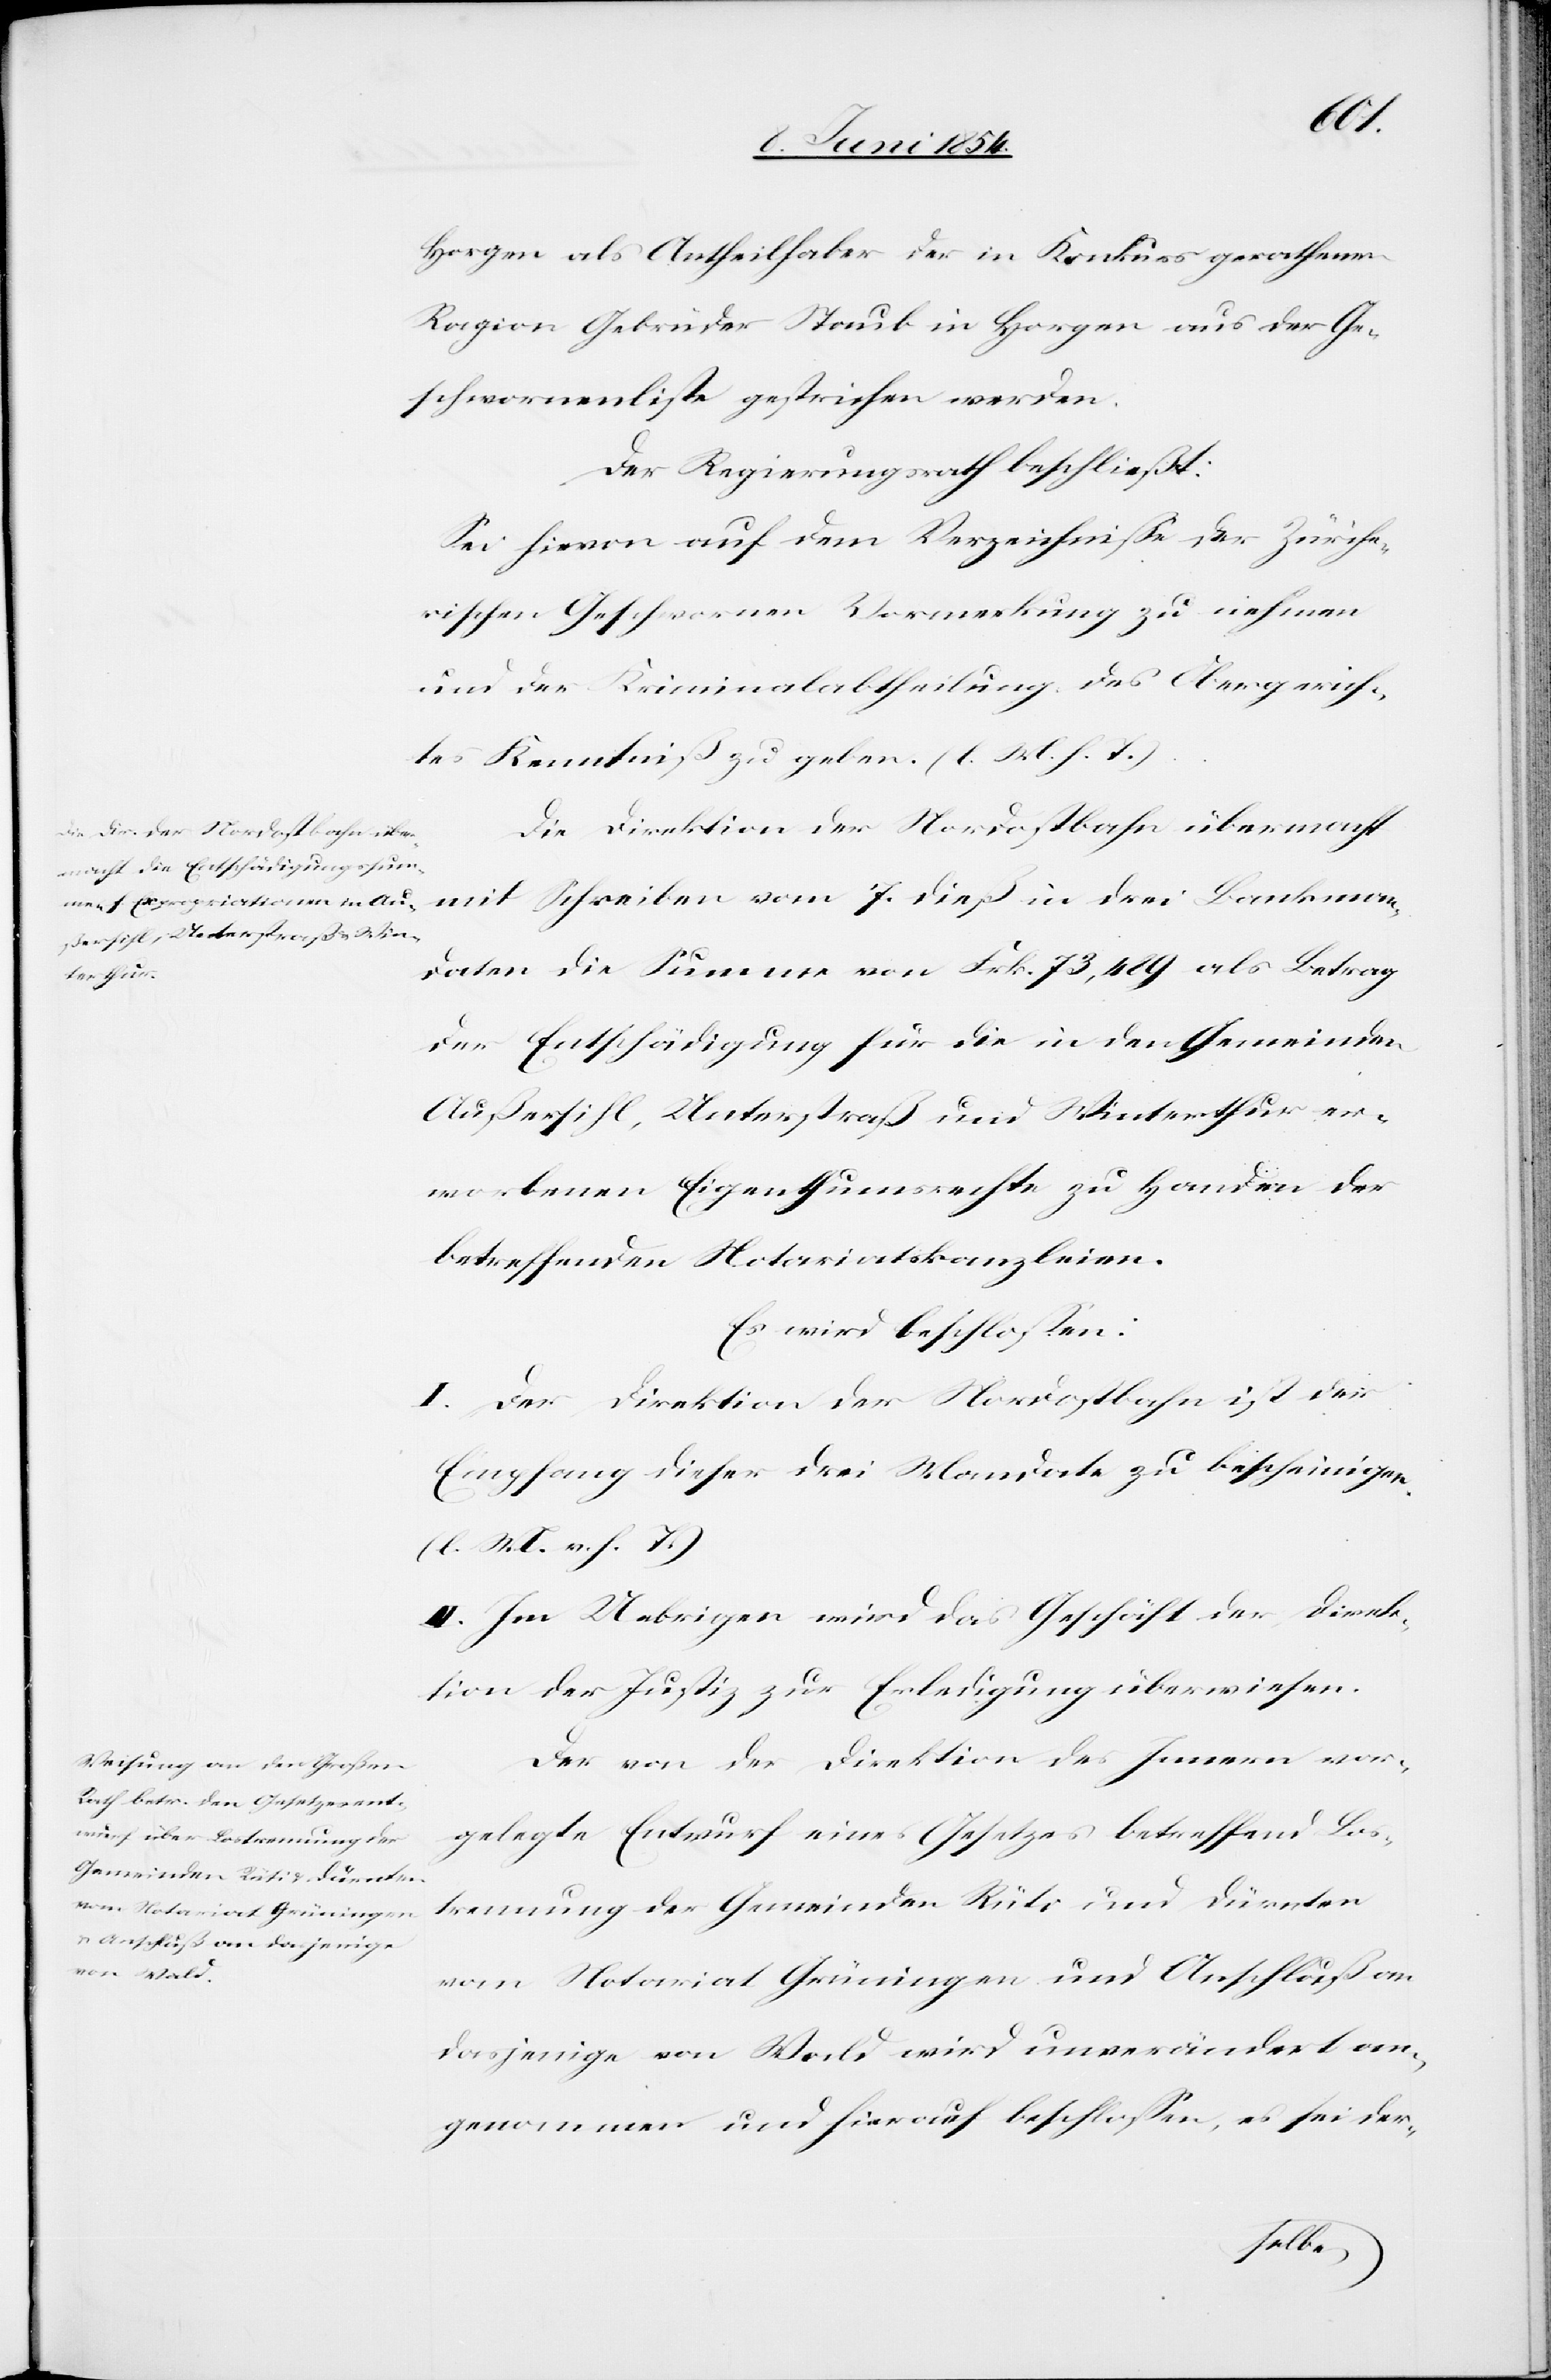
Horgen als Antheilhaber der in Konkurs gerathenen
Ragion Gebrüder Staub in Horgen aus der Ge¬
schwornenliste gestrichen werden.
Der Regierungsrath beschließt:
Sei hievon auf dem Verzeichniße der Züriche¬
rischen Geschwornen Vormerkung zu nehmen
und der Kriminalabtheilung des Obergerich¬
tes Kenntniß zu geben. (l. M. h. T.)
Die Direktion der Nordostbahn übermacht
mit Schreiben vom 7. dieß in drei Bankman¬
daten die Summe von Frk. 73,489 als Betrag
der Entschädigung für die in den Gemeinden
Außersihl, Unterstraß und Winterthur er¬
worbenen Eigenthumsrechte zu Handen der
betreffenden Notariatskanzleien.
Es wird beschloßen:
I. Der Direktion der Nordostbahn ist der
Empfang dieser drei Mandate zu bescheinigen.
(l. M. v. h. T.)
II. Im Uebrigen wird das Geschäft der Direk¬
tion der Justiz zur Erledigung überwiesen.
Der von der Direktion des Innern vor¬
gelegte Entwurf eines Gesetzes betreffend Los¬
trennung der Gemeinden Rüti und Dürnten
vom Notariat Grüningen und Anschluß an
dasjenige von Wald wird unverändert an¬
genommen und hierauf beschloßen, es sei der-